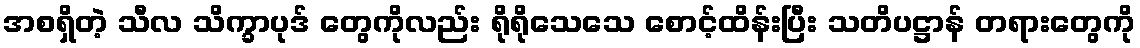
အစရှိတဲ့ သီလ သိက္ခာပုဒ် တွေကိုလည်း ရိုရိုသေသေ စောင့်ထိန်းပြီး သတိပဋ္ဌာန် တရားတွေကို